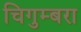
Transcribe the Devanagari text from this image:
चिगुम्बरा